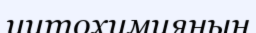
цитохимияның